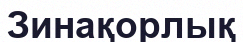
Зинақорлық